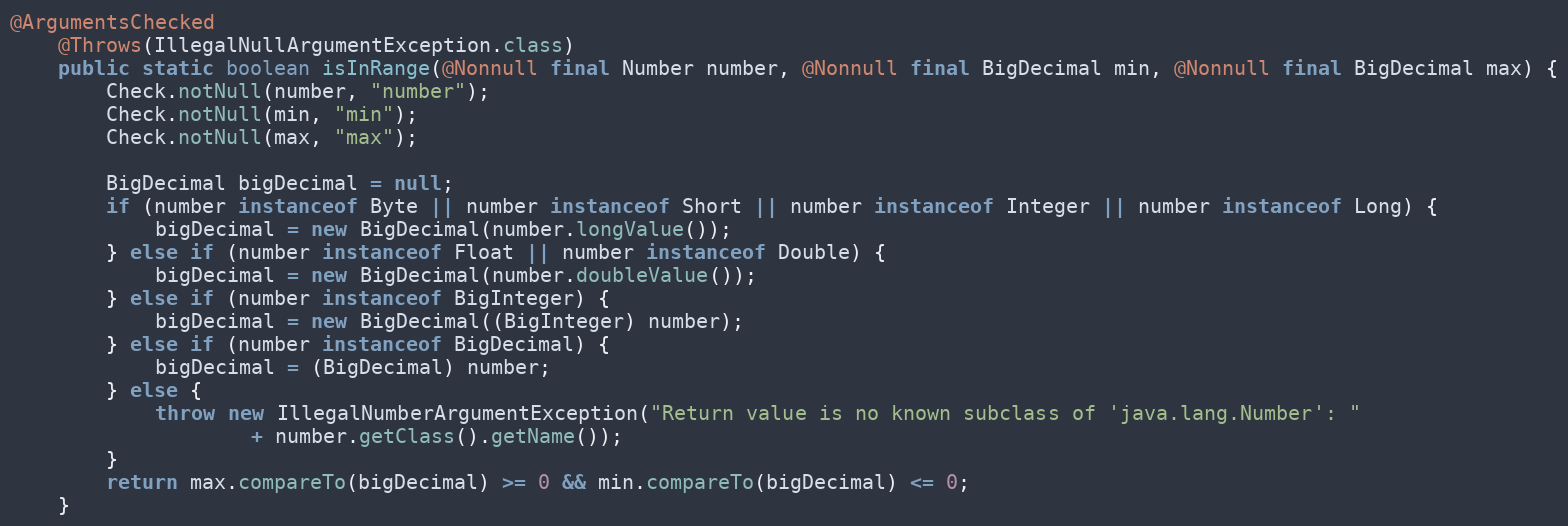
Language: Java
@ArgumentsChecked
	@Throws(IllegalNullArgumentException.class)
	public static boolean isInRange(@Nonnull final Number number, @Nonnull final BigDecimal min, @Nonnull final BigDecimal max) {
		Check.notNull(number, "number");
		Check.notNull(min, "min");
		Check.notNull(max, "max");

		BigDecimal bigDecimal = null;
		if (number instanceof Byte || number instanceof Short || number instanceof Integer || number instanceof Long) {
			bigDecimal = new BigDecimal(number.longValue());
		} else if (number instanceof Float || number instanceof Double) {
			bigDecimal = new BigDecimal(number.doubleValue());
		} else if (number instanceof BigInteger) {
			bigDecimal = new BigDecimal((BigInteger) number);
		} else if (number instanceof BigDecimal) {
			bigDecimal = (BigDecimal) number;
		} else {
			throw new IllegalNumberArgumentException("Return value is no known subclass of 'java.lang.Number': "
					+ number.getClass().getName());
		}
		return max.compareTo(bigDecimal) >= 0 && min.compareTo(bigDecimal) <= 0;
	}